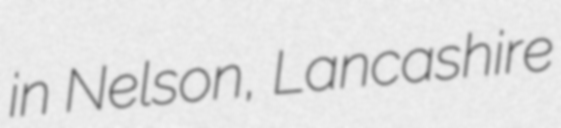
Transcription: in Nelson, Lancashire